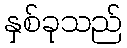
နှစ်ခုသည်